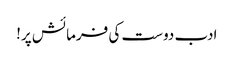
ادب دوست کی فرمائش پر!